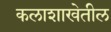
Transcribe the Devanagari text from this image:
कलाशाखेतील